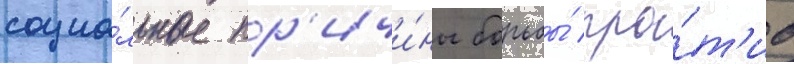
социа́льные пр'ичи́ны борьбы́ про́т'ив